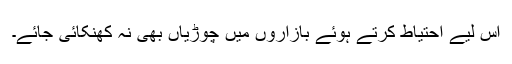
اس لیے احتیاط کرتے ہوئے بازاروں میں چوڑیاں بھی نہ کھنکائی جائے۔